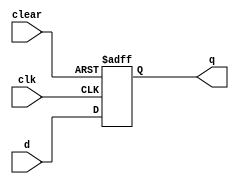
module d_ff_asynchronous_clear (
  input wire clk,
  input wire clear,
  input wire d,
  output reg q
);

always @ (posedge clk or posedge clear)
begin
  if (clear)
    q <= 1'b0; // set output to low when clear is asserted
  else
    q <= d; // normal operation of D flip-flop
end

endmodule